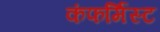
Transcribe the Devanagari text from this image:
कंफर्मिस्ट